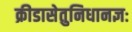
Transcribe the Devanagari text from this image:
क्रीडासेतुनिधानज्ञः